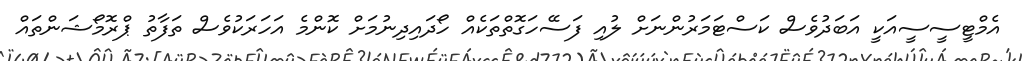
އެމްޓީސީސީއަކީ އަބަދުވެސް ކަސްޓަމަރުންނަށް ލުއި ފަސޭހަގޮތްތަކެއް ހޯދައިދިނުމަށް ކޮންމެ އަހަރަކުވެސް ތަފާތު ޕްރޮމޯޝަންތައް